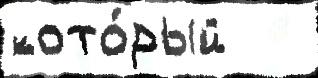
кото́рый